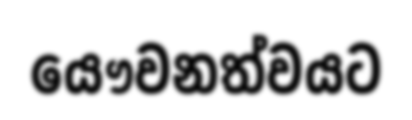
යෞවනත්වයට